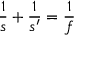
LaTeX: { \frac { 1 } { s } } + { \frac { 1 } { s ^ { \prime } } } = { \frac { 1 } { f } }